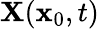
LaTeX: \mathbf{X}(\mathbf{x}_{0},t)